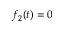
f _ { 2 } ( t ) = 0